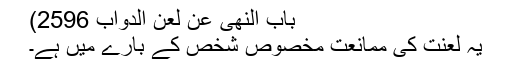
باب النھی عن لعن الدواب 2596)
یہ لعنت کی ممانعت مخصوص شخص کے بارے میں ہے۔